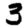
Digit: 3